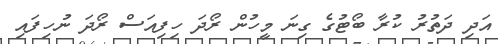
އަދި ދަތުރު ކުރާ ބޯޓުގެ ގިނަ މީހުން ރޯދަ ހިފިއަސް ރޯދަ ނުހިފައި